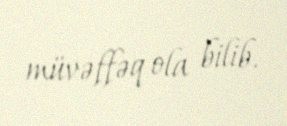
müvəffəq ola bilib.